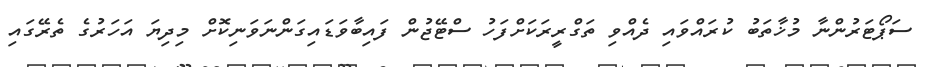
ސަޕޯޓަރުންނާ މުޚާތަބު ކުރައްވައި ދެއްވި ތަގްރީރަކަށްފަހު ސްޓޭޖުން ފައިބާވަޑައިގަންނަވަނިކޮށް މިދިޔަ އަހަރުގެ ތެރޭގައި